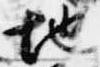
地